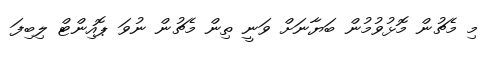
މި މެޗުން މޮޅުވުމުން ބަޔާނަށް ވަނީ ތިން މެޗުން ނުވަ ޕޮއިންޓް ލިބިފަ